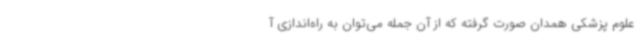
علوم پزشکی همدان صورت گرفته که از آن جمله می‌توان به راه‌اندازی آ